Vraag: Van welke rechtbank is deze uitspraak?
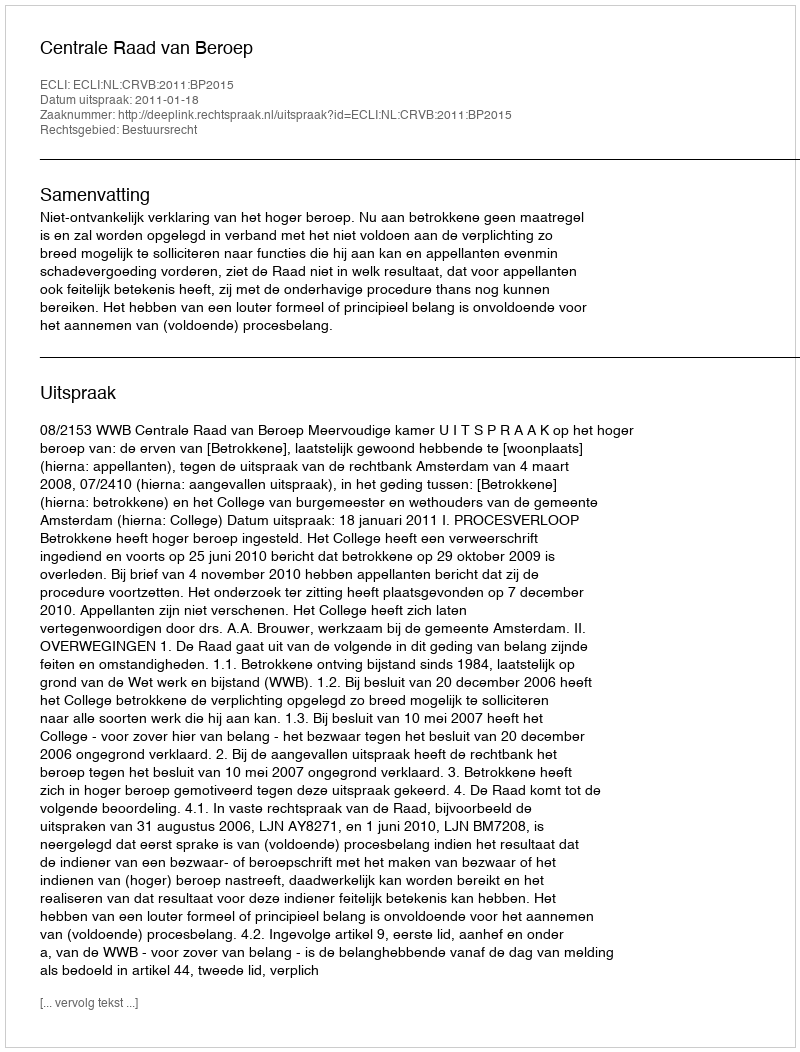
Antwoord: Centrale Raad van Beroep